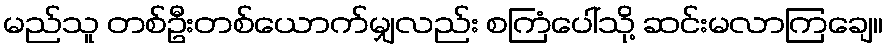
မည်သူ တစ်ဦးတစ်ယောက်မျှလည်း စကြံပေါ်သို့ ဆင်းမလာကြချေ။